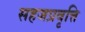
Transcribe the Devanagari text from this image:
सहजप्रवृत्ति